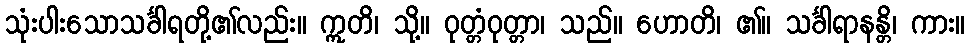
သုံးပါးသောသင်္ခါရတို့၏လည်း။ ဣတိ၊ သို့။ ဝုတ္တံဝုတ္တာ၊ သည်။ ဟောတိ၊ ၏။ သင်္ခါရာနန္တိ၊ ကား။